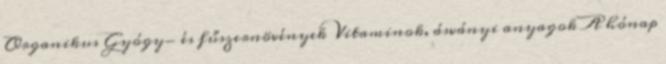
Organikus Gyógy- és fűszernövények Vitaminok, ásványi anyagok A hónap